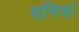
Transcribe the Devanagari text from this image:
धनिसां